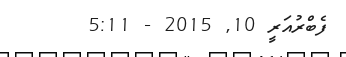
ފެބްރުއަރީ 10